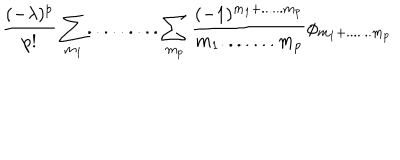
LaTeX: \frac { ( - \lambda ) ^ { p } } { p ! } \sum _ { m _ { 1 } } . . . . . . . . . \sum _ { m _ { p } } \frac { ( - 1 ) ^ { m _ { 1 } + . . . . . . m _ { p } } } { m _ { 1 } . . . . . . . m _ { p } } \phi _ { m _ { 1 } + . . . . . . . m _ { p } }